Statistics compiled by the Government of India from the reports of provincial Civil Veterinary Departments
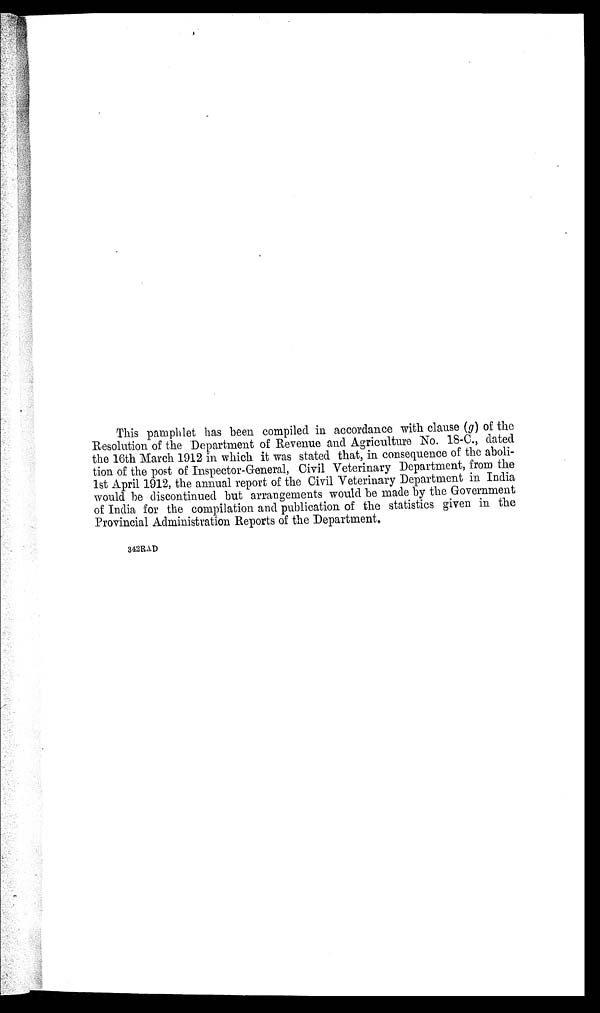
This pamphlet has been compiled in accordance with clause (g) of the
Resolution of the Department of Revenue and Agriculture No. 18-C., dated
the 16th March 1912 in which it was stated that, in consequence of the aboli-
tion of the post of Inspector-General, Civil Veterinary Department, from the
1st April 1912, the annual report of the Civil Veterinary Department in India
would be discontinued but arrangements would be made by the Government
of India for the compilation and publication of the statistics given in the
Provincial Administration Reports of the Department.
342RAD